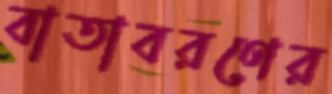
বাতাবরণের